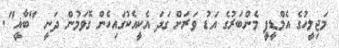
މަޖިލީހުގެ އެމްޑީޕީ މެންބަރުގެ އަޑު ވަރަށް ގަދަ އެކީއެކުގައިހެން ގޮވަމުން ދަނީ "ބާޣީ".